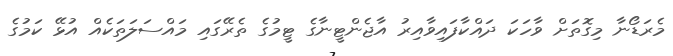
މެރަޑޯނާ މިގޮތަށް ވާހަކަ ދައްކާފައިވާއިރު އާޖެންޓީނާގެ ޓީމުގެ ތެރޭގައި މައްސަލަތަކެއް އުޅޭ ކަމުގެ